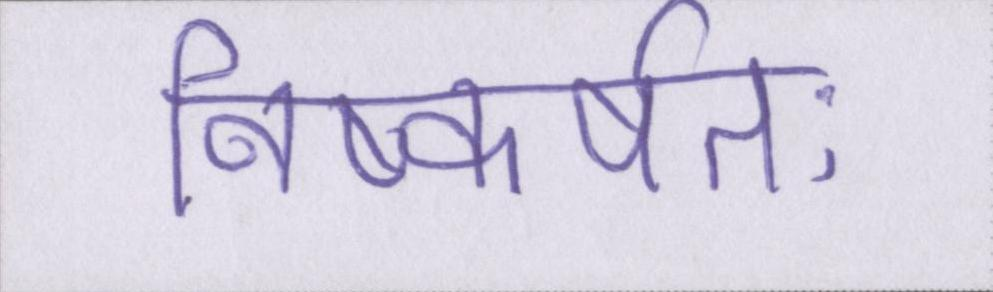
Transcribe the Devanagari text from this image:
निष्कर्षतः